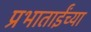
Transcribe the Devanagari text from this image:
प्रभाताईंच्या